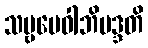
သဗ္ဗမေဝါဘိမဒ္ဒတိ